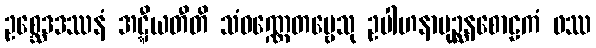
ဥစ္ဆေဒဒဿနံ အဋ္ဋီယတီတိ သံဝဏ္ဏေတဗ္ဗေသု ဥပါဟနာပုဉ္ဆနစောဠကံ ဖဿ